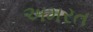
અમરત